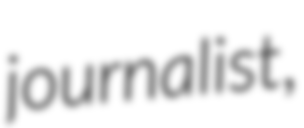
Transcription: journalist,